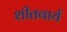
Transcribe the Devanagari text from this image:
शीतवार्य